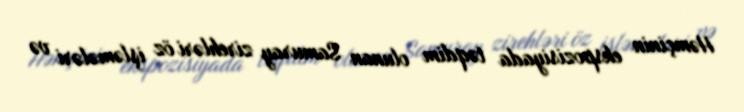
Həmçinin ekspozisiyada təqdim olunan Samuray zirehləri öz işləmələri və